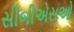
સીબીએસઓ